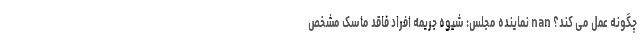
چگونه عمل می کند؟ nan نماینده مجلس: شیوه جریمه افراد فاقد ماسک مشخص